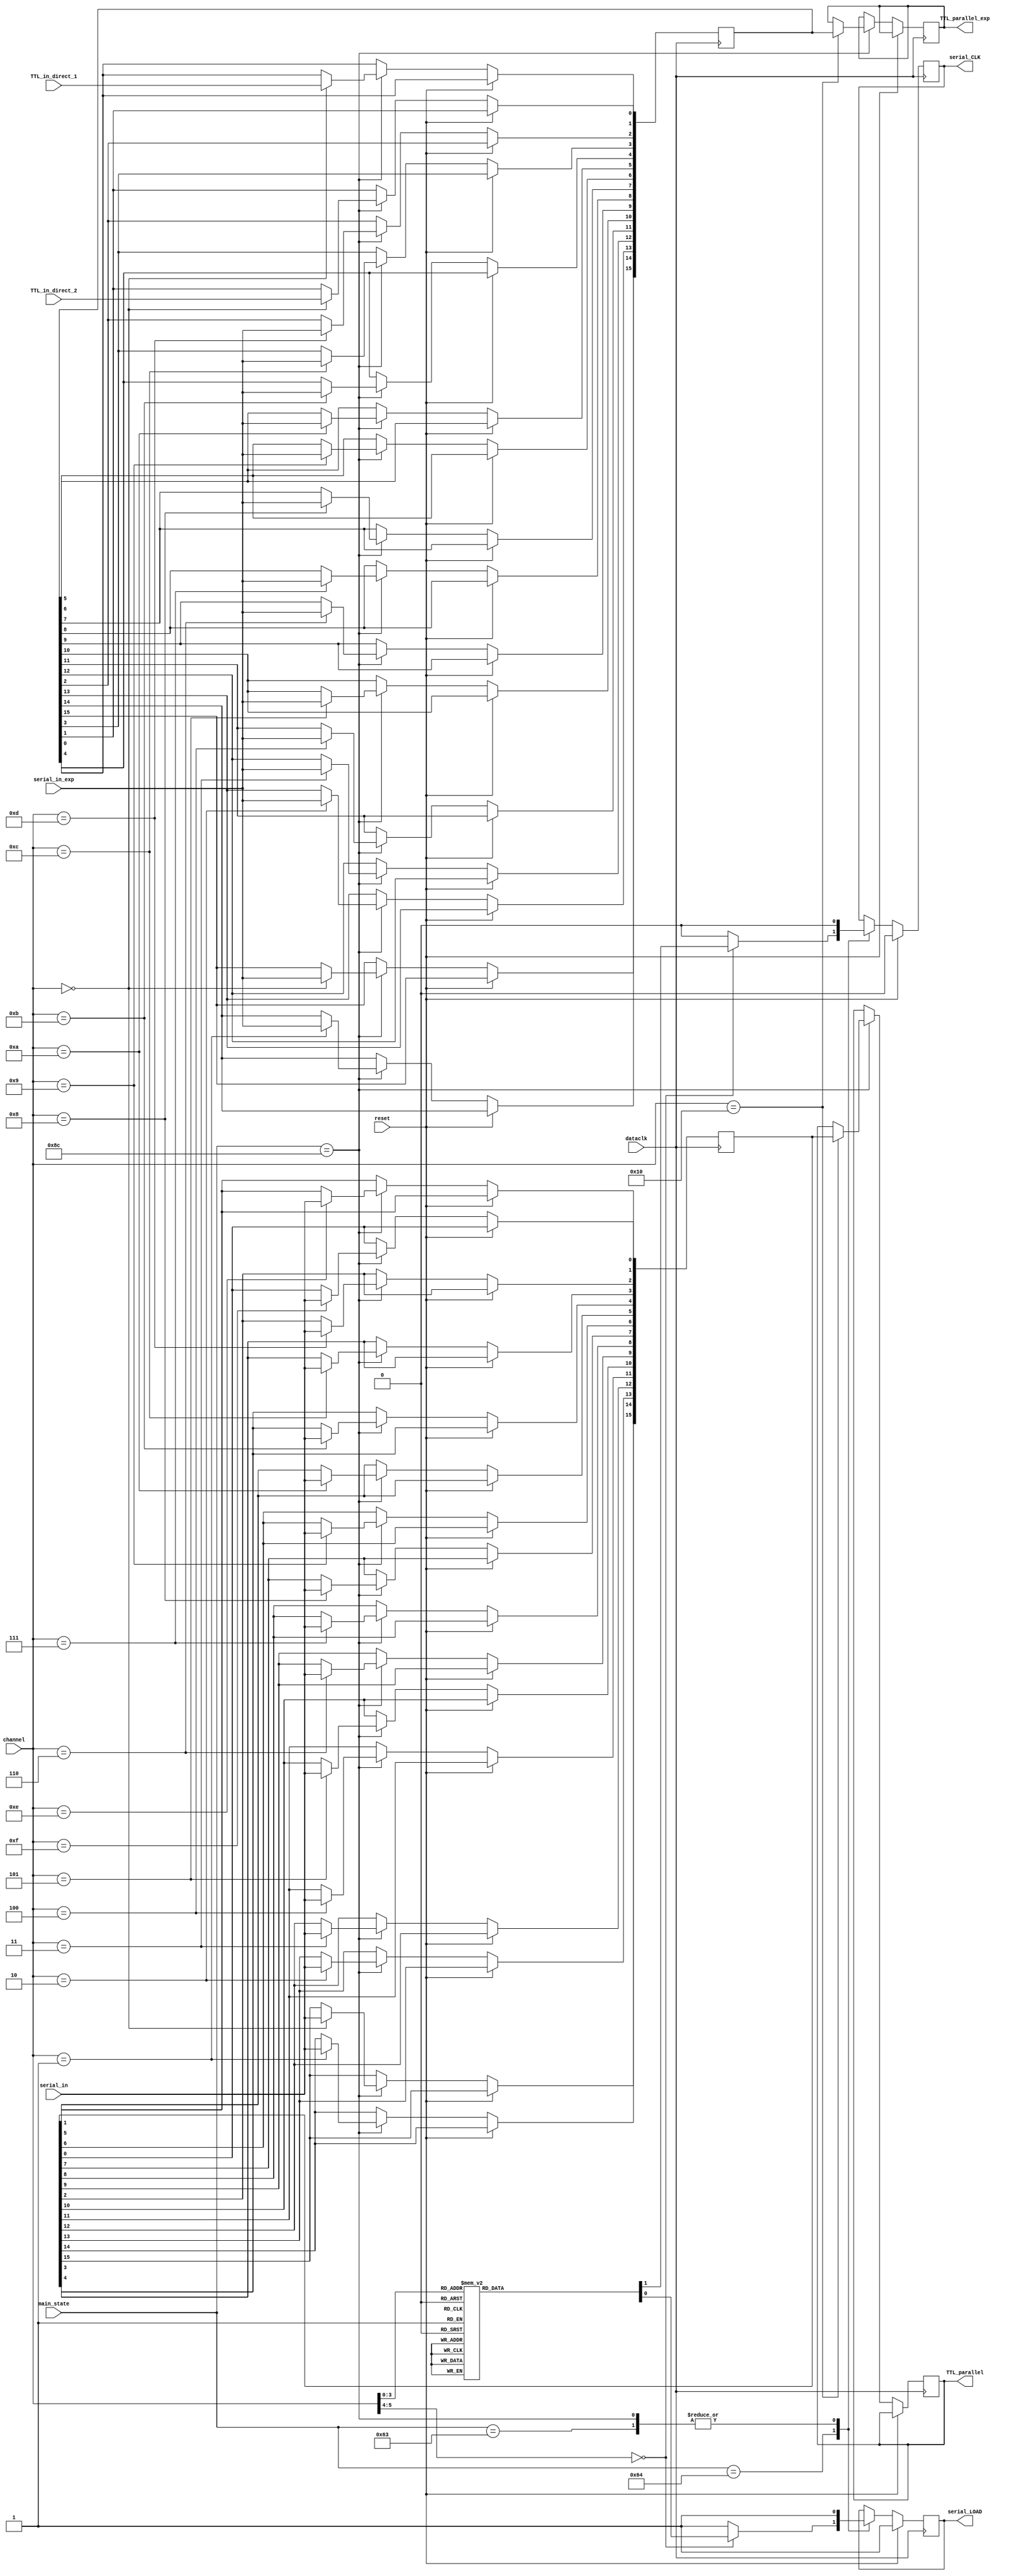
`timescale 1ns / 1ps
//////////////////////////////////////////////////////////////////////////////////
// Company: 		 Intan Technologies, LLC
// 
// Design Name: 	 RHD2000 Rhythm Interface
// Module Name:    digital_input_deserializer 
// Project Name:   Opal Kelly FPGA/USB RHD2000 Interface
// Target Devices: 
// Tool versions: 
// Description:    Deserialize digital data from 16-bit shift registers.
//
// Dependencies: 
//
// Revision: 
// Revision 0.01 - File Created
// Additional Comments: 
//
//////////////////////////////////////////////////////////////////////////////////

module digital_input_deserializer #(
	parameter ms_wait  	= 99,
   parameter ms_clk1_a 	= 100,
	parameter ms_clk11_a = 140
	)
	(
	input wire			reset,
	input wire			dataclk,
	input wire [31:0]	main_state,
	input wire [5:0]	channel,
	input wire			serial_in,
	input wire			serial_in_exp,
	input wire			TTL_in_direct_1,
	input wire			TTL_in_direct_2,
	output reg			serial_CLK,
	output reg			serial_LOAD,
	output reg [15:0]	TTL_parallel,
	output reg [15:0] TTL_parallel_exp
	);

	reg [15:0] TTL_save, TTL_save_exp;

	always @(posedge dataclk) begin
		if (reset) begin
			serial_LOAD <= 1'b1;
			serial_CLK <= 1'b0;
		end else begin
			case (main_state)
			
				ms_wait: begin
					serial_LOAD <= 1'b1;
					serial_CLK <= 1'b0;
				end
			
				ms_clk1_a: begin
					case (channel)
					
						0: begin
							serial_LOAD <= 1'b0;
							serial_CLK <= 1'b0;
						end

						1, 2, 3, 4, 5, 6, 7, 8, 9, 10, 11, 12, 13, 14, 15: begin
							serial_LOAD <= 1'b1;
							serial_CLK <= 1'b1;
						end
						
						default: begin
							serial_LOAD <= 1'b1;
							serial_CLK <= 1'b0;
						end
						
					endcase
				end

				ms_clk11_a: begin
					serial_LOAD <= 1'b1;
					serial_CLK <= 1'b0;
					
					case (channel)

						0: begin
							TTL_save_exp[0] <= TTL_in_direct_1;
							TTL_save_exp[1] <= TTL_in_direct_2;
							TTL_save[15] <= serial_in;
							TTL_save_exp[15] <= serial_in_exp;
						end
						
						1: begin
							TTL_save[14] <= serial_in;
							TTL_save_exp[14] <= serial_in_exp;							
						end
						
						2: begin
							TTL_save[13] <= serial_in;
							TTL_save_exp[13] <= serial_in_exp;							
						end

						3: begin
							TTL_save[12] <= serial_in;
							TTL_save_exp[12] <= serial_in_exp;							
						end

						4: begin
							TTL_save[11] <= serial_in;
							TTL_save_exp[11] <= serial_in_exp;							
						end

						5: begin
							TTL_save[10] <= serial_in;
							TTL_save_exp[10] <= serial_in_exp;							
						end

						6: begin
							TTL_save[9] <= serial_in;
							TTL_save_exp[9] <= serial_in_exp;							
						end

						7: begin
							TTL_save[8] <= serial_in;
							TTL_save_exp[8] <= serial_in_exp;							
						end

						8: begin
							TTL_save[7] <= serial_in;
							TTL_save_exp[7] <= serial_in_exp;							
						end

						9: begin
							TTL_save[6] <= serial_in;
							TTL_save_exp[6] <= serial_in_exp;							
						end

						10: begin
							TTL_save[5] <= serial_in;
							TTL_save_exp[5] <= serial_in_exp;							
						end

						11: begin
							TTL_save[4] <= serial_in;
							TTL_save_exp[4] <= serial_in_exp;							
						end

						12: begin
							TTL_save[3] <= serial_in;
							TTL_save_exp[3] <= serial_in_exp;							
						end

						13: begin
							TTL_save[2] <= serial_in;
							TTL_save_exp[2] <= serial_in_exp;							
						end

						14: begin
							TTL_save[1] <= serial_in;							
						end

						15: begin
							TTL_save[0] <= serial_in;							
						end

						16: begin
							TTL_parallel <= TTL_save;
							TTL_parallel_exp <= TTL_save_exp;
						end

					endcase

				end

			endcase
		end
	end

endmodule